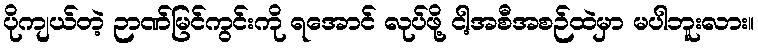
ပိုကျယ်တဲ့ ဉာဏ်မြင်ကွင်းကို ရအောင် လုပ်ဖို့ ငါ့အစီအစဉ်ထဲမှာ မပါဘူးလား။